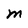
Character: m